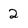
Character: 2